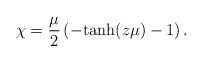
\begin{align*}\chi = {\mu \over 2} \left (-{\rm tanh}(z\mu) - 1\right ). \end{align*}